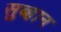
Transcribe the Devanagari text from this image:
सुब्हान